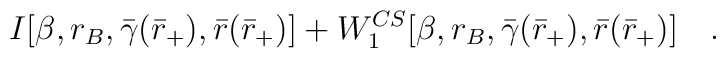
\hspace{2cm}I[\beta,r_B,\bar{\gamma}(\bar{r}_+),\bar{r}(\bar{r}_+)]+W_1^{CS}[\beta,r_B,\bar{\gamma}(\bar{r}_+),\bar{r}(\bar{r}_+)]~~~.